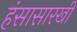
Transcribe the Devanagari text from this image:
हंसासारखी